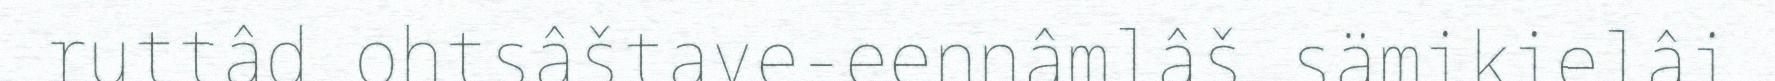
ruttâd ohtsâštave-eennâmlâš sämikielâi